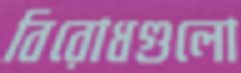
বিরোধগুলো